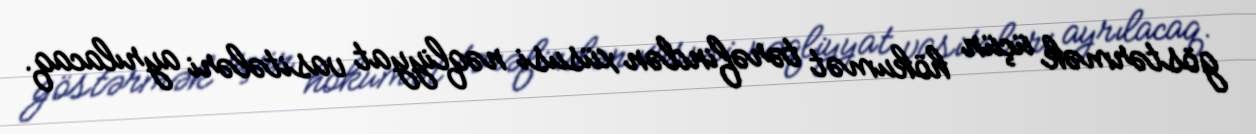
göstərmək üçün hökumət tərəfindən xüsusi nəqliyyat vasitələri ayrılacaq.